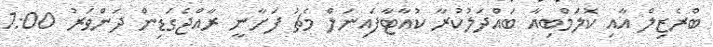
ބްރެޒިލް އާއި ކޮލަމްބިއާ ބައްދަލުކުރާ ކުއާޓާފައިނަލް މެޗު ފަށާނީ ރާއްޖެގަޑިން ދަންވަރު 1:00